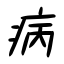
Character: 病